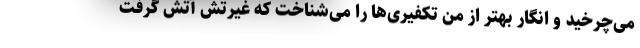
می‌چرخید و انگار بهتر از من تکفیری‌ها را می‌شناخت که غیرتش آتش گرفت